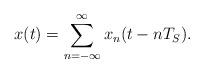
LaTeX: \begin{align*} x(t) = \sum^\infty _{n = -\infty} x_n(t - nT_S).\end{align*}